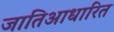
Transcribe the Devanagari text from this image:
जातिआधारित